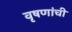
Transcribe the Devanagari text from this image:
वृषणांची